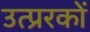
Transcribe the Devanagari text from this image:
उत्प्ररकों